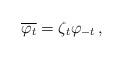
LaTeX: \begin{align*}\overline{\varphi_{t}}=\zeta_{t}\varphi_{-t} \,,\end{align*}